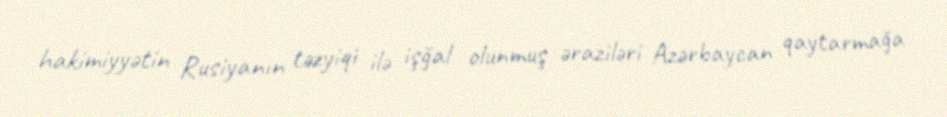
hakimiyyətin Rusiyanın təzyiqi ilə işğal olunmuş əraziləri Azərbaycan qaytarmağa